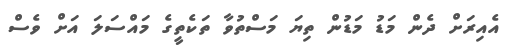
އެއިރަށް ދެން މަޑު މަޑުން ތިޔަ މަސްތުވާ ތަކެތީގެ މައްސަލަ އަށް ވެސް